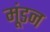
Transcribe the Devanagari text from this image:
मूंडन